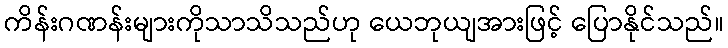
ကိန်းဂဏန်းများကိုသာသိသည်ဟု ယေဘုယျအားဖြင့် ပြောနိုင်သည်။